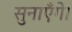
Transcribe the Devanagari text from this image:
सुनाएँगे।